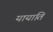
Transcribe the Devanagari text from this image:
यायाति